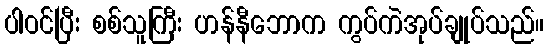
ပါဝင်ပြီး စစ်သူကြီး ဟန်နီဘောက ကွပ်ကဲအုပ်ချုပ်သည်။